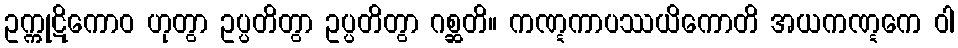
ဥက္ကုဋိကောဝ ဟုတွာ ဥပ္ပတိတွာ ဥပ္ပတိတွာ ဂစ္ဆတိ။ ကဏ္ဋကာပဿယိကောတိ အယကဏ္ဋကေ ဝါ